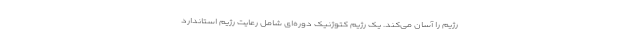
رژیم را آسان می‌کند. یک رژیم کتوژنیک دوره‌ای شامل رعایت رژیم استاندارد